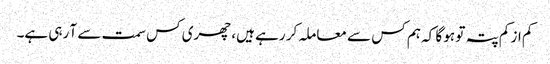
کم از کم پتہ تو ہو گا کہ ہم کس سے معاملہ کر رہے ہیں، چھری کس سمت سے آ رہی ہے۔